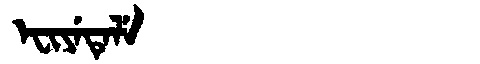
Manchu: ᡝᠸᡳᠶᡝᡨᡝᠯᡝ
Romanization: EFIYETELE